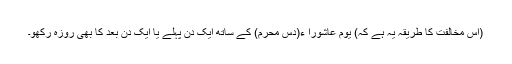
(اس مخالفت کا طریقہ یہ ہے کہ) یوم عاشورا ء(دس محرم) کے ساتھ ایک دن پہلے یا ایک دن بعد کا بھی روزہ رکھو۔